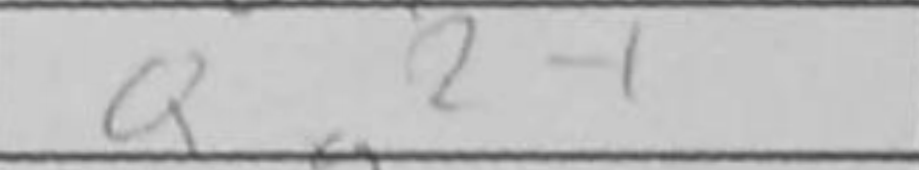
Transcription: Qg2+